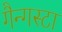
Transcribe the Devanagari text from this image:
गैन्गस्टा